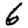
Digit: 6